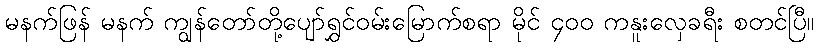
မနက်ဖြန် မနက် ကျွန်တော်တို့ပျော်ရွှင်ဝမ်းမြောက်စရာ မိုင် ၄၀၀ ကနူးလှေခရီး စတင်ပြီ။